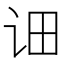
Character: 𮷆